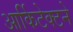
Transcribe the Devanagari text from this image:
आर्किटेक्‍टने